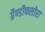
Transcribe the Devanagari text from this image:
ग्रैण्डीफलोरा